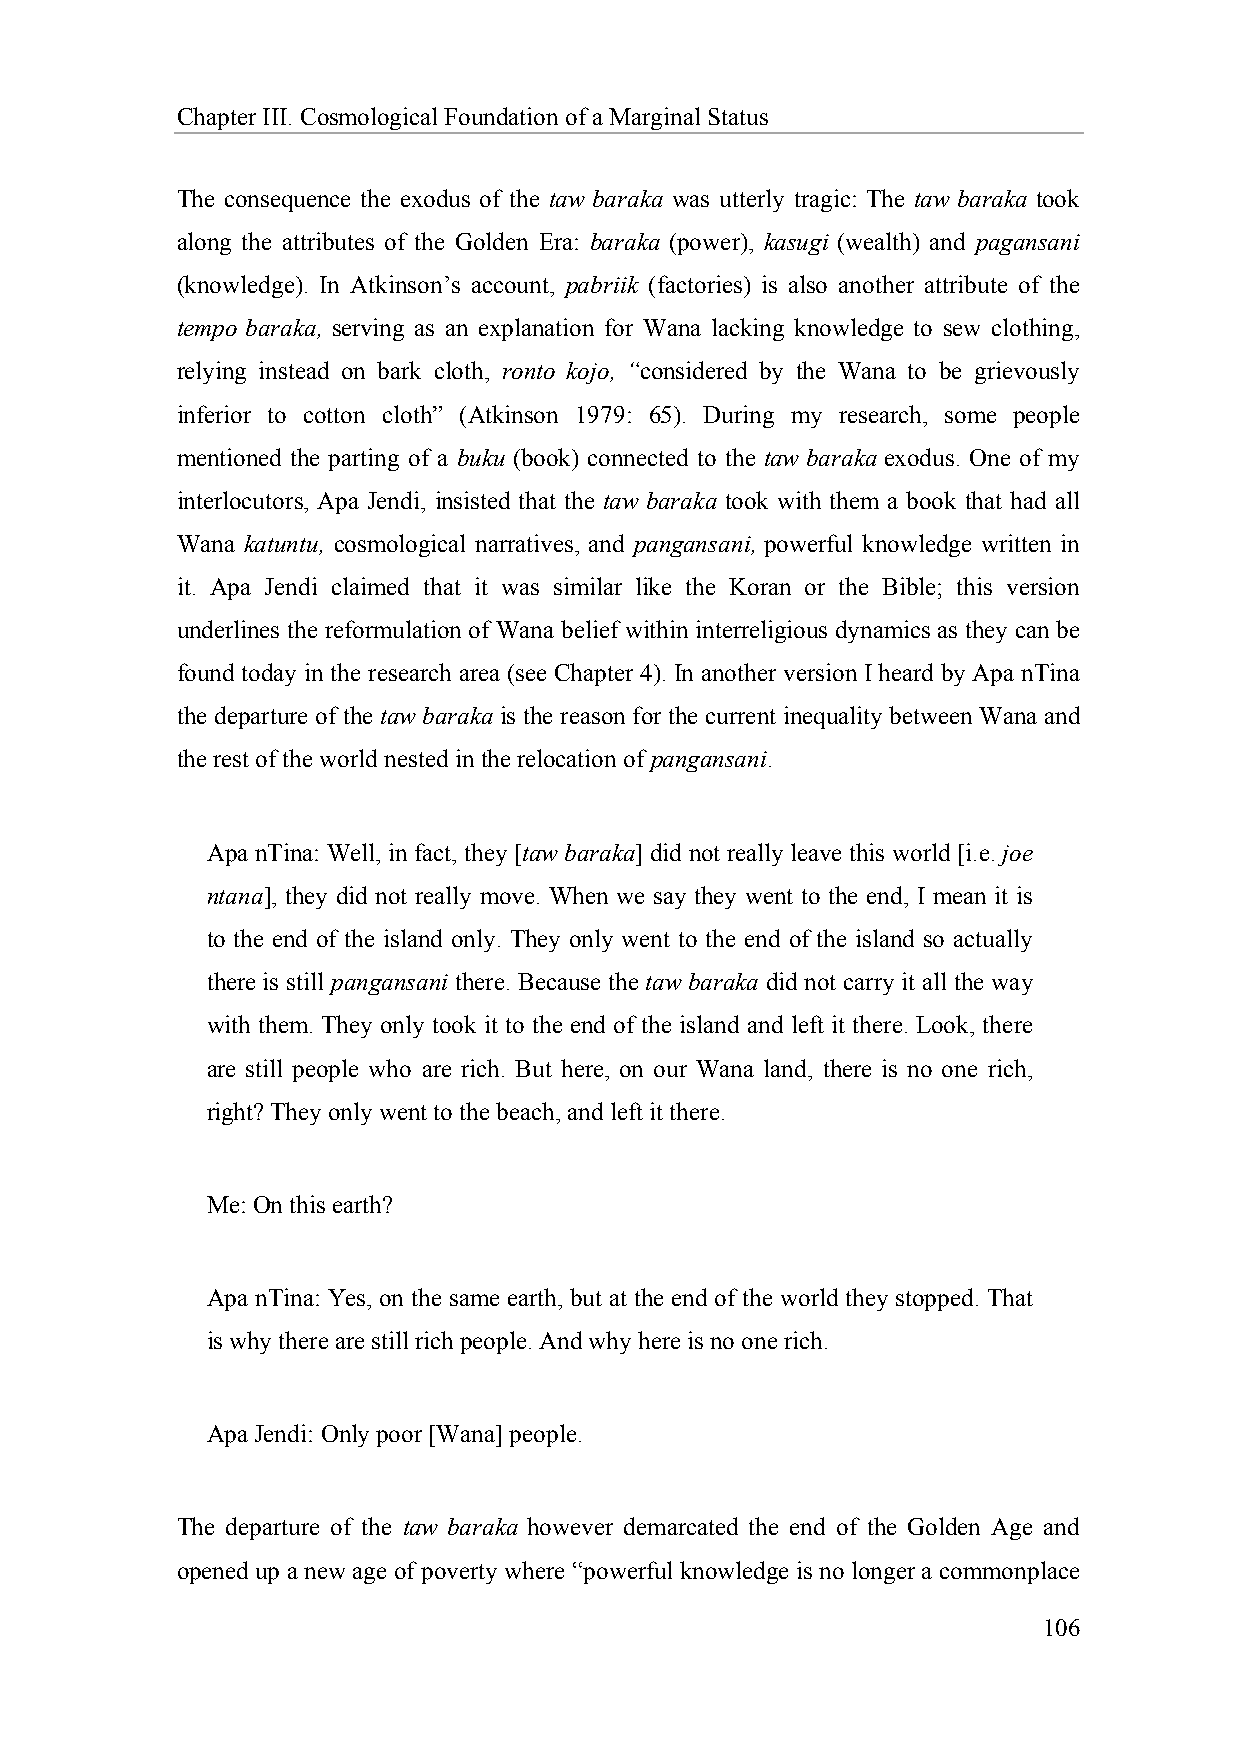
Chapter III. Cosmological Foundation of a Marginal Status
 The consequence the exodus of the taw baraka was utterly tragic: The taw baraka took
 along the attributes of the Golden Era: baraka (power), kasugi (wealth) and pagansani
 (knowledge). In Atkinson’s account, pabriik (factories) is also another attribute of the
 tempo baraka, serving as an explanation for Wana lacking knowledge to sew clothing,
 relying instead on bark cloth, ronto kojo, “considered by the Wana to be grievously
 inferior to cotton cloth” (Atkinson 1979: 65). During my research, some people
 mentioned the parting of a buku (book) connected to the taw baraka exodus. One of my
 interlocutors, Apa Jendi, insisted that the taw baraka took with them a book that had all
 Wana katuntu, cosmological narratives, and pangansani, powerful knowledge written in
 it. Apa Jendi claimed that it was similar like the Koran or the Bible; this version
 underlines the reformulation of Wana belief within interreligious dynamics as they can be
 found today in the research area (see Chapter 4). In another version I heard by Apa nTina
 the departure of the taw baraka is the reason for the current inequality between Wana and
 the rest of the world nested in the relocation of pangansani.
 Apa nTina: Well, in fact, they [taw baraka] did not really leave this world [i.e. joe
 ntana], they did not really move. When we say they went to the end, I mean it is
 to the end of the island only. They only went to the end of the island so actually
 there is still pangansani there. Because the taw baraka did not carry it all the way
 with them. They only took it to the end of the island and left it there. Look, there
 are still people who are rich. But here, on our Wana land, there is no one rich,
 right? They only went to the beach, and left it there.
 Me: On this earth?
 Apa nTina: Yes, on the same earth, but at the end of the world they stopped. That
 is why there are still rich people. And why here is no one rich.
 Apa Jendi: Only poor [Wana] people.
 The departure of the taw baraka however demarcated the end of the Golden Age and
 opened up a new age of poverty where “powerful knowledge is no longer a commonplace
 106